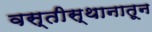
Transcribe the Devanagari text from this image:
वस्तीस्थानातून